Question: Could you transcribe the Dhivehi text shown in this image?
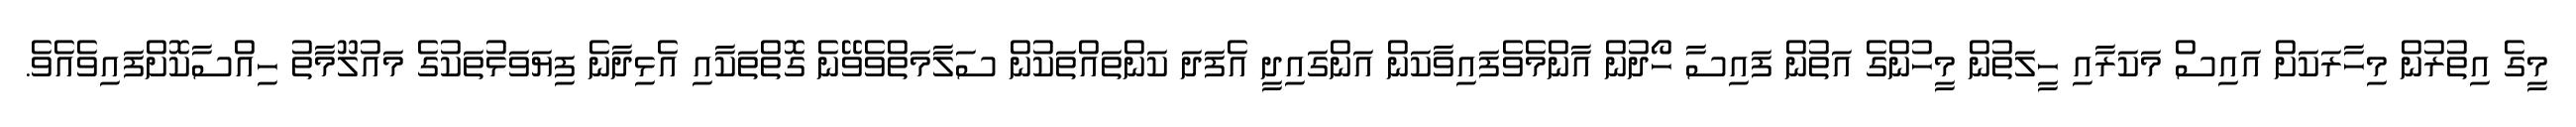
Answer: މީގެ އިތުރުން މިހާރަކަށް އައިސް މަކަރާއި ހީލަތުން މީހުންގެ އަތުން ފައިސާ ހޯދުން އާންމެވެފައިވާކަން އަންގައިދީ އެފަދަ ކަންތައްތަކުން ސަލާމަތްވެވޭނެ ގޮތްތަކާއި އެޅިދާނެ ފިޔަވަޅުތަކުގެ މައުލޫމާތު ހިއްސާކޮށްފައިވެއެވެ.